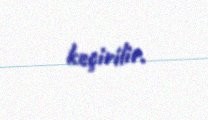
keçirilir.